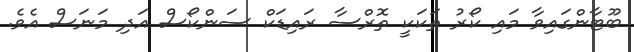
ބޫޓާންގައިވާ މައި ކޯރު ތަކަކީ ތޮރްސާ ރައިޑަކް ސަންކޯސް އަދި މަނަސް އެވެ.